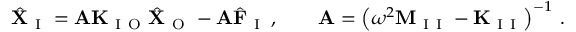
\hat { \mathbf { X } } _ { \mathrm { ~ I ~ } } = \mathbf { A } \mathbf { K } _ { \mathrm { ~ I ~ O ~ } } \hat { \mathbf { X } } _ { \mathrm { ~ O ~ } } - \mathbf { A } \hat { \mathbf { F } } _ { \mathrm { ~ I ~ } } \, , \qquad \mathbf { A } = \left( \omega ^ { 2 } \mathbf { M } _ { \mathrm { ~ I ~ I ~ } } - \mathbf { K } _ { \mathrm { ~ I ~ I ~ } } \right) ^ { - 1 } \, .